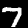
Label: 7